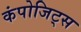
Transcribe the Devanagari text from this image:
कंपोजिट्स